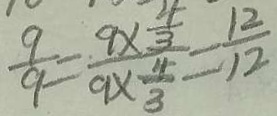
\frac { 9 } { 9 } = \frac { 9 \times \frac { 4 } { 3 } } { 9 \times \frac { 4 } { 3 } } = \frac { 1 2 } { 1 2 }